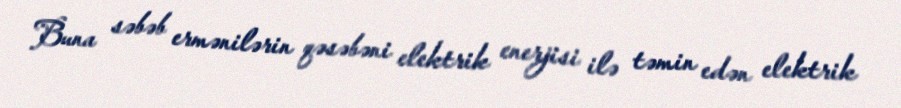
Buna səbəb ermənilərin qəsəbəni elektrik enerjisi ilə təmin edən elektrik